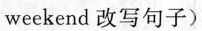
weekend 改写句子)